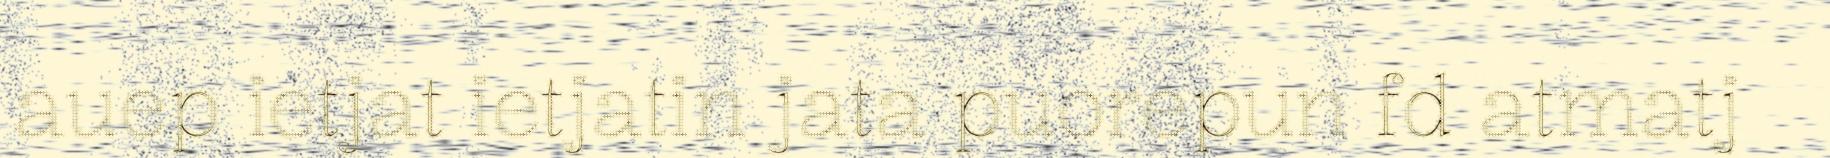
auep ietjat ietjatin jata puorepun fd atmatj